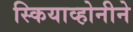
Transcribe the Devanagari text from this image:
स्कियाव्होनीने